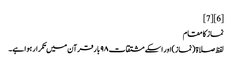
[6] [7]
نماز کا مقام
لفظ صلاۃ (نماز)اور اسکے مشتقات ۹۸ بار قرآن میں تکرار ہوا ہے۔